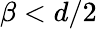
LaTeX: \beta<d/2